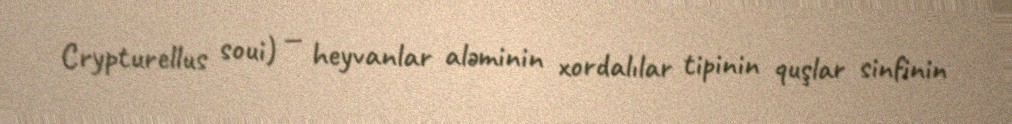
Crypturellus soui) — heyvanlar aləminin xordalılar tipinin quşlar sinfinin